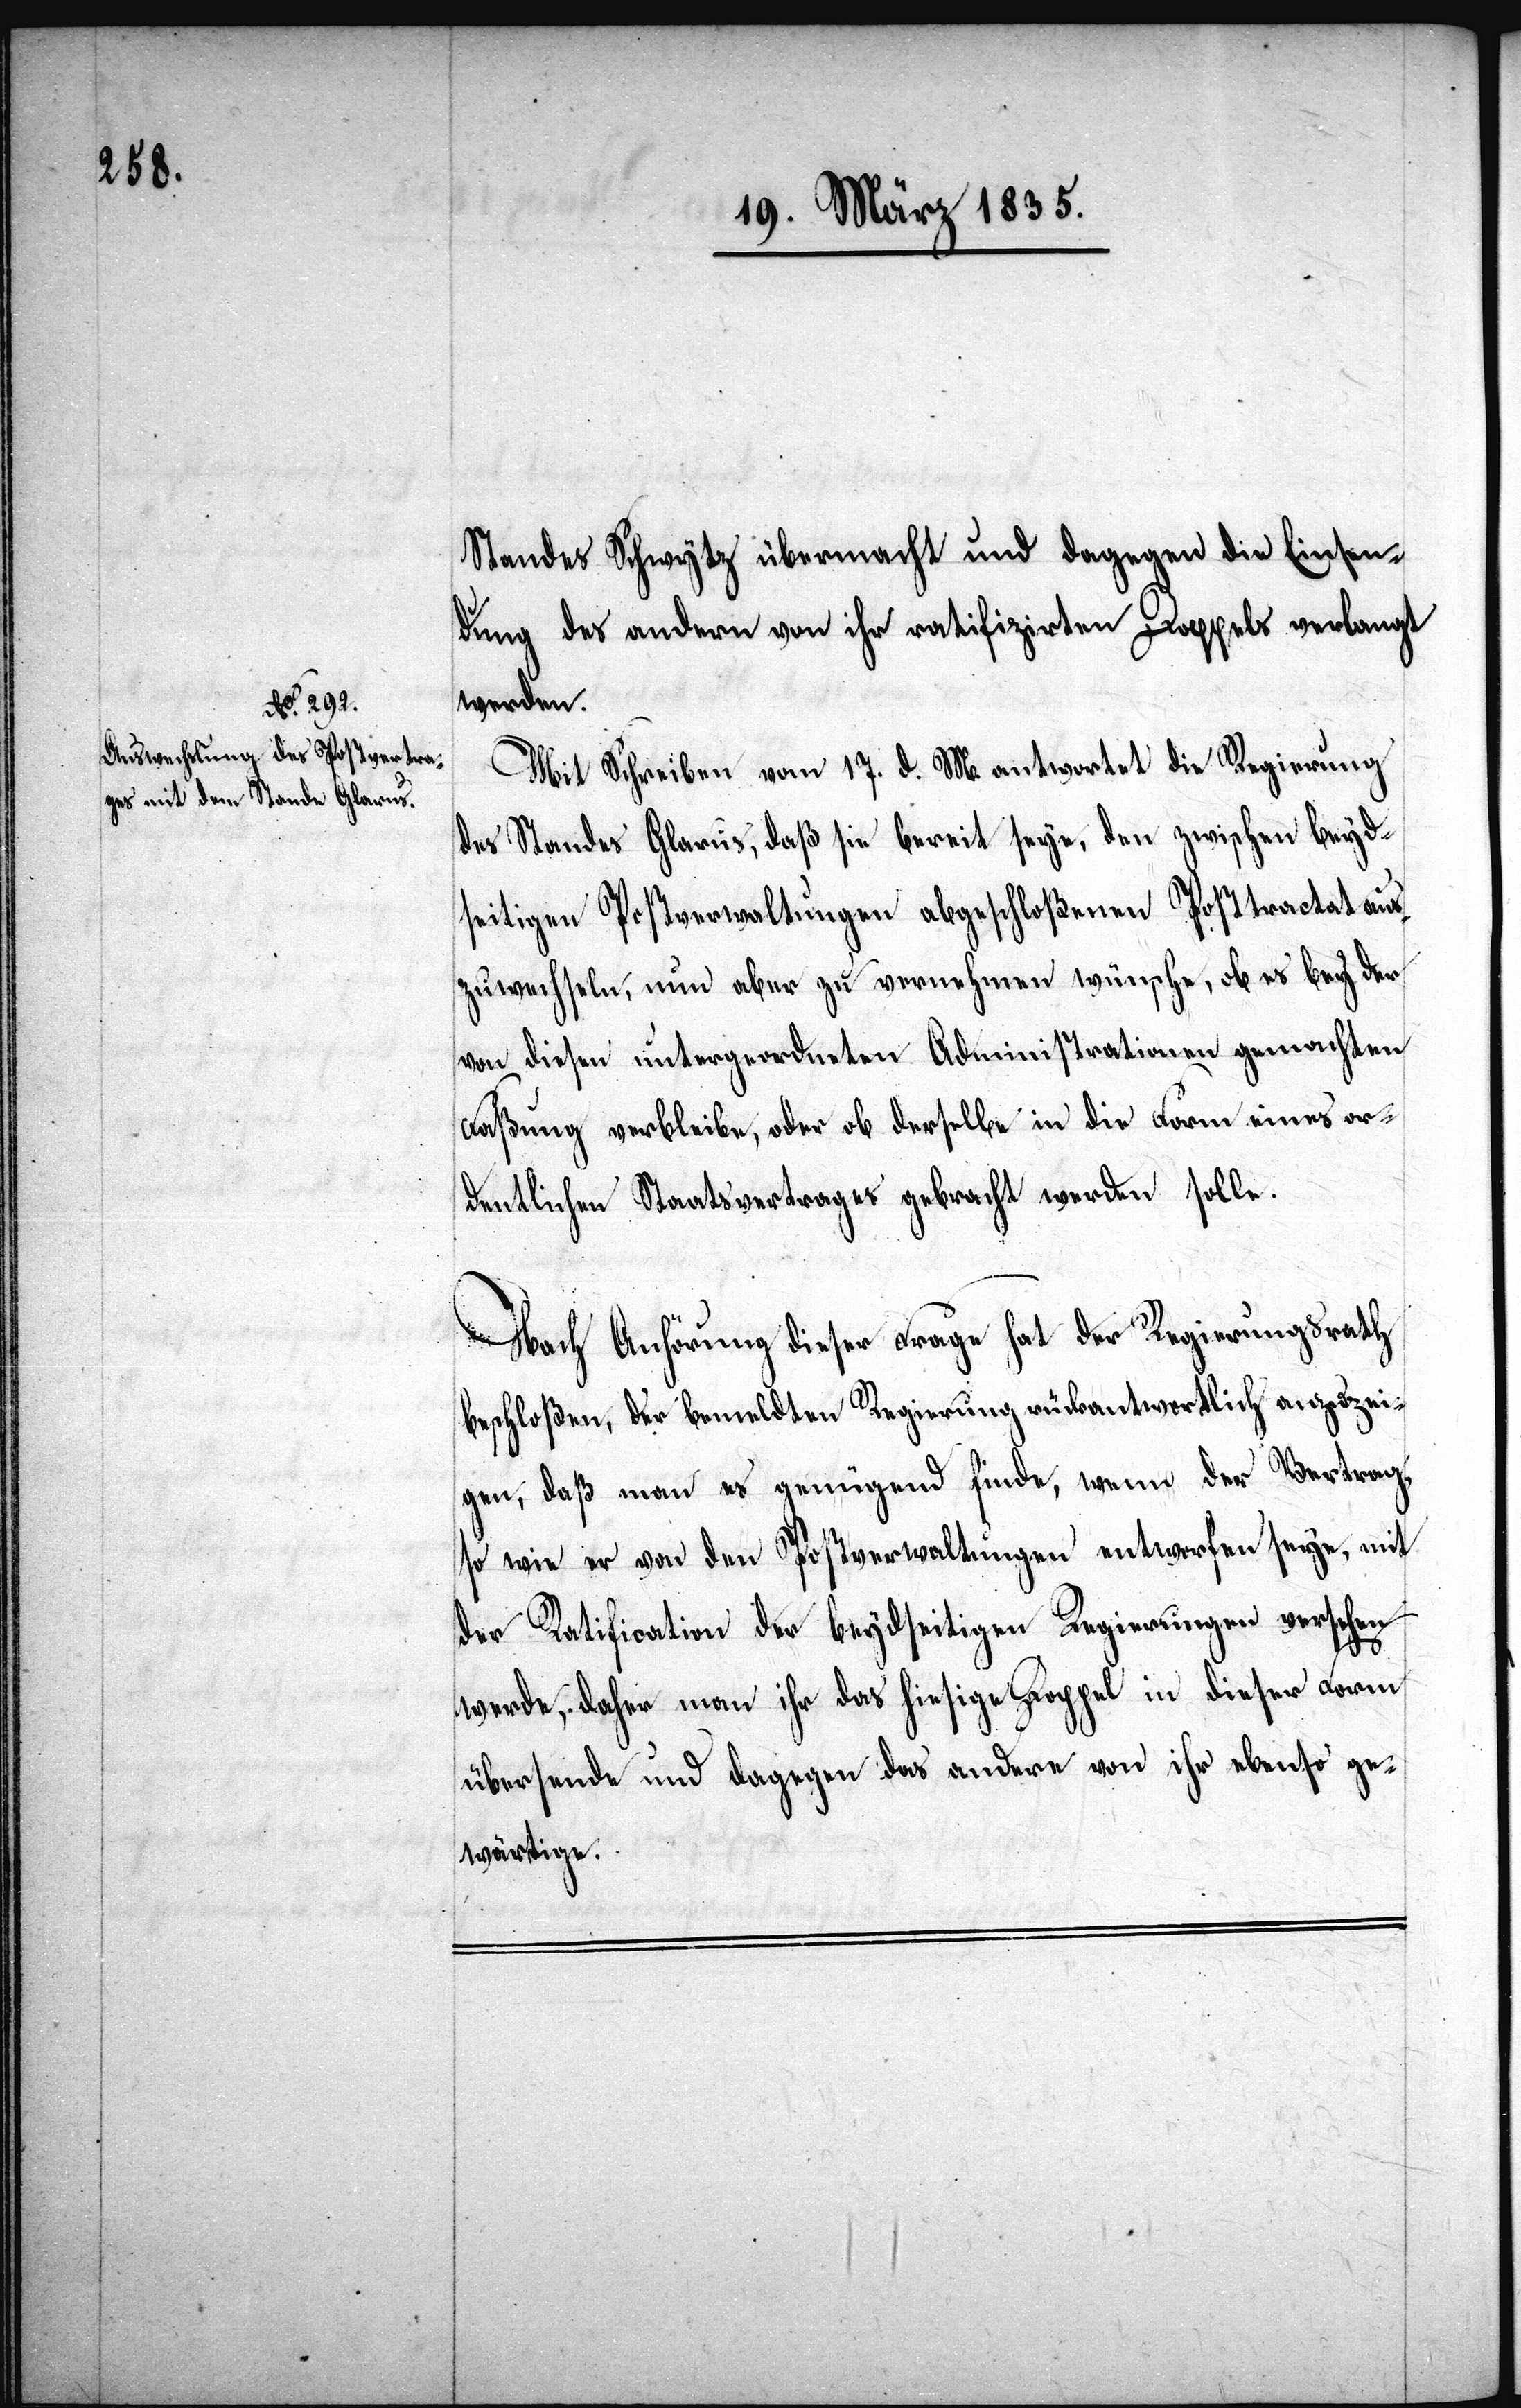
Standes Schwytz übermacht und dagegen die Einsen¬
dung des andern von ihr ratifizirten Doppels verlangt
werden.
Mit Schreiben vom 17. d. M. antwortet die Regierung
des Standes Glarus, daß sie bereit seye, den zwischen beyd¬
seitigen Postverwaltungen abgeschloßenen Posttractat aus¬
zuwechseln, nun aber zu vernehmen wünsche, ob es bey der
von diesen untergeordneten Administrationen gemachten
Faßung verbleibe, oder ob derselbe in die Form eines or¬
dentlichen Staatsvertrages gebracht werden solle.
Nach Anhörung dieser Frage hat der Regierungsrath
beschloßen, der bemeldten Regierung rückantwortlich anzuzei¬
gen, daß man es genügend finde, wenn der Vertrag,
so wie er von den Postverwaltungen entworfen seye, mit
der Ratification der beydseitigen Regierungen versehen
werde, daher man ihr das hiesige Doppel in dieser Form
übersende und dagegen das andere von ihr ebenso ge¬
wärtige.